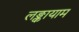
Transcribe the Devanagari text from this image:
लङ्कायाम